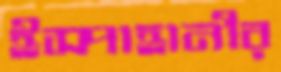
ইস্পাহানীর